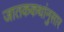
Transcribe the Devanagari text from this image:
जातककथांनुसार